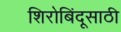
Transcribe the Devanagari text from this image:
शिरोबिंदूसाठी